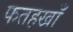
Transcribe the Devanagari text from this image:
फतहखाँ